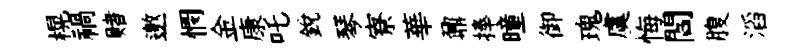
榥禍赌邀憫金康吒銳琴寮華鼐捧曈御瑰虞悔閻腹滔